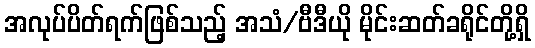
အလုပ်ပိတ်ရက်ဖြစ်သည့် အသံ/ဗီဒီယို မိုင်းဆတ်ခရိုင်တို့ရှိ